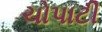
ચોપાટી